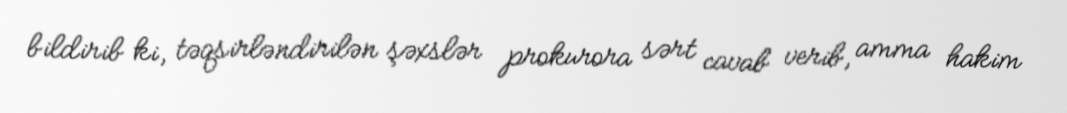
bildirib ki, təqsirləndirilən şəxslər prokurora sərt cavab verib, amma hakim